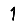
Digit: 1